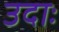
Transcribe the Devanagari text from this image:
उदाः